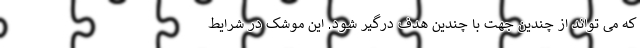
که می تواند از چندین جهت با چندین هدف درگیر شود. این موشک در شرایط